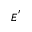
E ^ { ' }